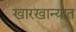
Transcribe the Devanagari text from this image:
खारखान्यात